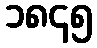
၁၈၄၅